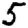
Digit: 5